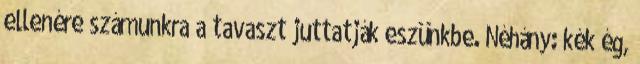
ellenére számunkra a tavaszt juttatják eszünkbe. Néhány: kék ég,